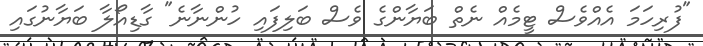
"ފުރިހަމަ އެއްވެސް ޓީމެއް ނެތް ބަޔާންގެ ވެސް ބަލިފައި ހުންނާނެ" ގާޑިއޯލާ ބަޔާނުގައި